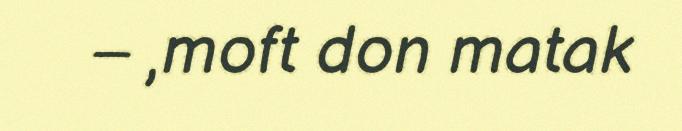
– ,moft don matak